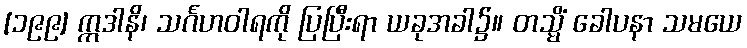
[၁၉၉] ဣဒါနိ၊ သင်္ဂဟဝါရကို ပြပြီးရာ ယခုအခါ၌။ တသ္မိံ ခေါပနာ သမယေ